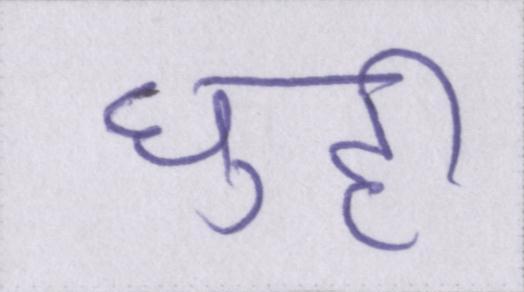
घुट्टी